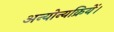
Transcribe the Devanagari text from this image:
अन्योन्यक्रियें।